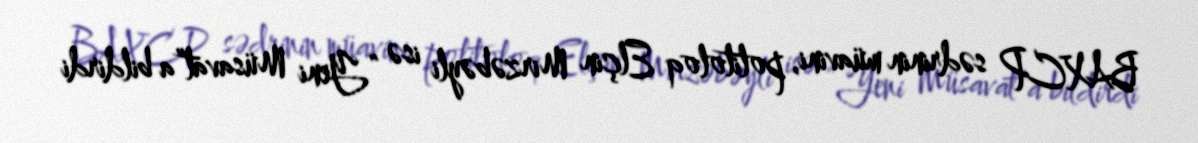
BAXCP sədrinin müavini, politoloq Elçin Mirzəbəyli isə “Yeni Müsavat”a bildirdi